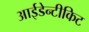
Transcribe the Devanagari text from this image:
आईडेन्टीकिट